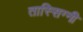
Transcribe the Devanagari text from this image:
तास्सिग्नी